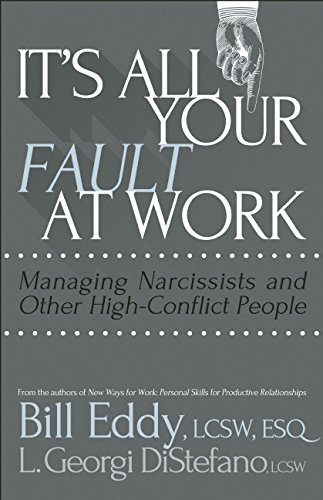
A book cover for It's All Your Fault at Work!: Managing Narcissists and Other High-Conflict People; Bill Eddy; Health, Fitness & Dieting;